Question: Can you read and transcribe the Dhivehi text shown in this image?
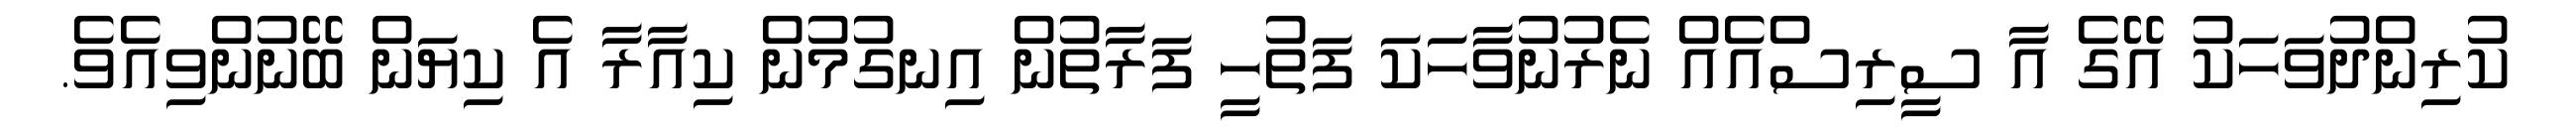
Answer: ކުރިންދުވަހަކު އޭގެ އާ ސީރިސްއެއް ނެރުނުވާހަކަ ފަތުހީ ފަރާތުން އިނގުމުން ކިއާރާ އެ ކިޔަން ބޭނުންވިއެވެ.